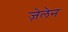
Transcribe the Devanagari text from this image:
ज़ेलेन